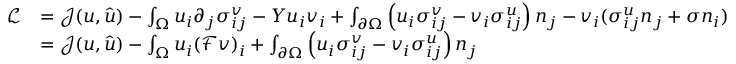
\begin{array} { r l } { \mathcal { L } } & { = \mathcal { J } ( u , \hat { u } ) - \int _ { \Omega } u _ { i } \partial _ { j } \sigma _ { i j } ^ { v } - Y u _ { i } v _ { i } + \int _ { \partial \Omega } \left( u _ { i } \sigma _ { i j } ^ { v } - v _ { i } \sigma _ { i j } ^ { u } \right) n _ { j } - v _ { i } ( \sigma _ { i j } ^ { u } n _ { j } + \sigma n _ { i } ) } \\ & { = \mathcal { J } ( u , \hat { u } ) - \int _ { \Omega } u _ { i } ( \mathcal { F } v ) _ { i } + \int _ { \partial \Omega } \left( u _ { i } \sigma _ { i j } ^ { v } - v _ { i } \sigma _ { i j } ^ { u } \right) n _ { j } } \end{array}